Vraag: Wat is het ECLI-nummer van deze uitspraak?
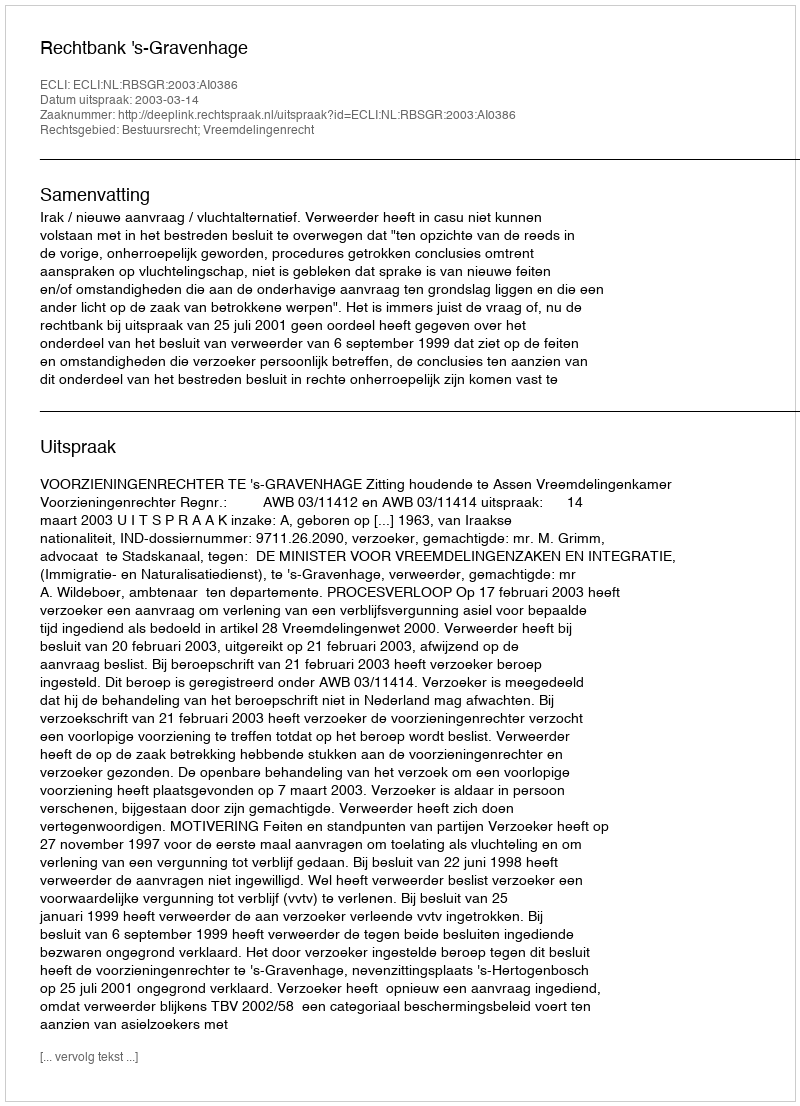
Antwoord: ECLI:NL:RBSGR:2003:AI0386